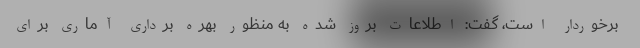
برخوردار است، گفت: اطلاعات بروز شده به منظور بهره برداری آماری برای